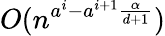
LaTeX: O(n^{a^{i}-a^{i+1}\frac{\alpha}{d+1}})